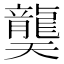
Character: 龑